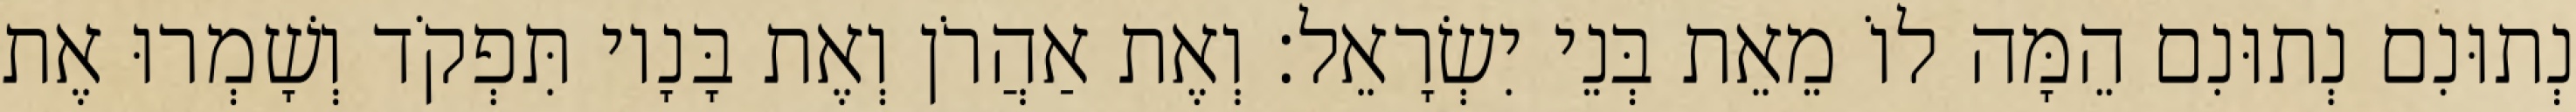
נְתוּנִם נְתוּנִם הֵמָּה לוֹ מֵאֵת בְּנֵי יִשְׂרָאֵל׃ וְאֶת אַהֲרֹן וְאֶת בָּנָיו תִּפְקֹד וְשָׁמְרוּ אֶת